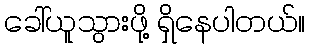
ခေါ်ယူသွားဖို့ ရှိနေပါတယ်။